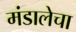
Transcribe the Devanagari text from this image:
मंडालेचा